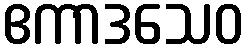
ဧကာဒသေဝ